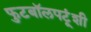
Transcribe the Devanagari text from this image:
फुटबॉलपटूंशी